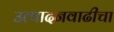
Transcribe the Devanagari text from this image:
उत्पादनवाढीचा